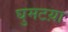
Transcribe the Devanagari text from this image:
घुमटय़ा